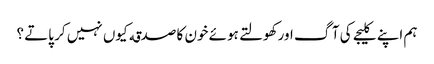
ہم اپنے کلیجے کی آگ اور کھولتے ہوئے خون کا صدقه کیوں نہیں کر پاتے ؟